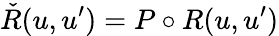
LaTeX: {\check{R}}(u,u^{\prime})=P\circ R(u,u^{\prime})